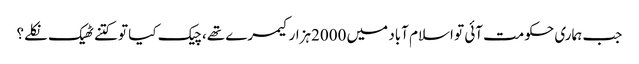
﻿ جب ہماری حکومت آئی تو اسلام آباد میں 2000ہزارکیمرے تھے، چیک کیا تو کتنے ٹھیک نکلے؟